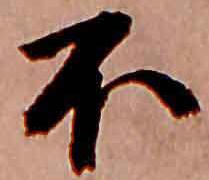
不